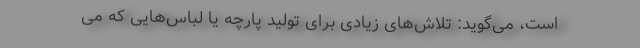
است، می‌گوید: تلاش‌های زیادی برای تولید پارچه یا لباس‌هایی که می‌